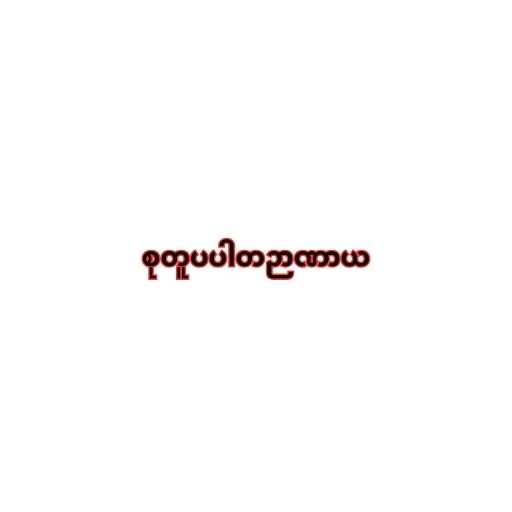
စုတူပပါတဉာဏာယ